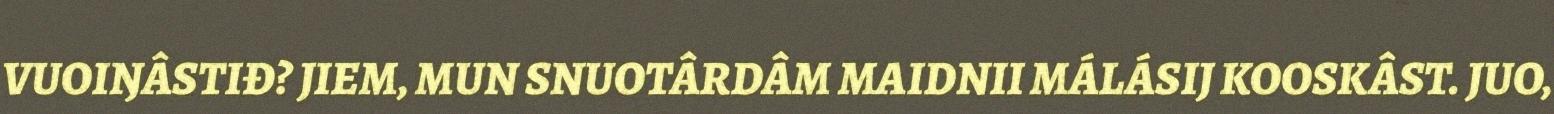
VUOIŊÂSTIĐ? JIEM, MUN SNUOTÂRDÂM MAIDNII MÁLÁSIJ KOOSKÂST. JUO,